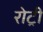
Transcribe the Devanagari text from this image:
रोट्री